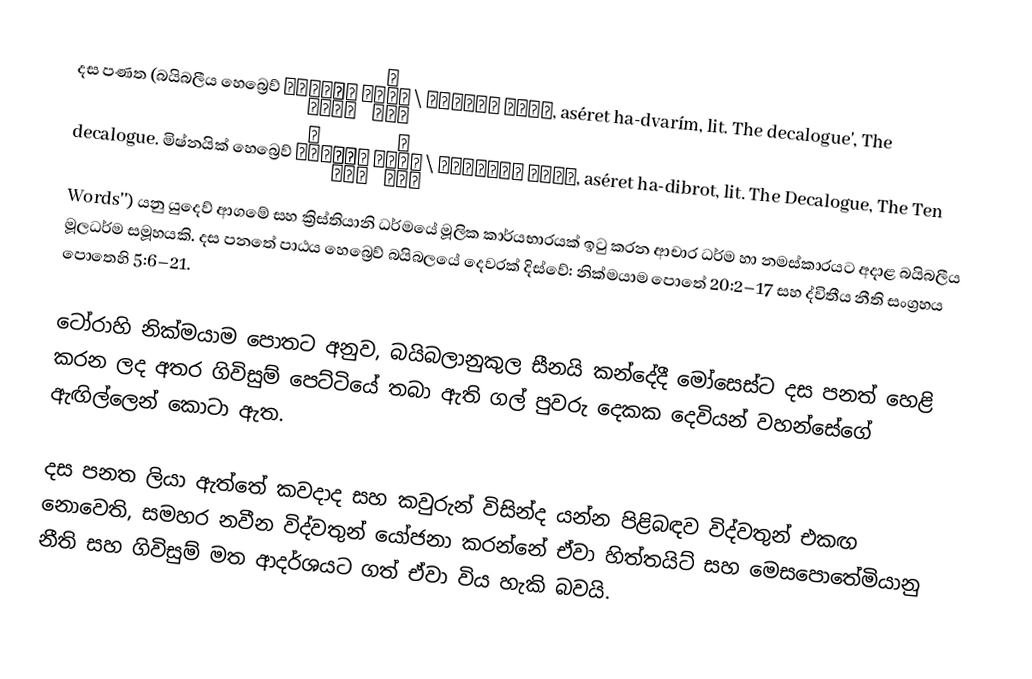
දස පණත (බයිබලීය හෙබ්‍රෙව් עשרת הדברים \ עֲשֶׂרֶת הַדְּבָרִים, aséret ha-dvarím, lit. The decalogue', The decalogue. මිෂ්නයික් හෙබ්‍රෙව් עשרת הדיברות \ עֲשֶׂרֶת הַדִּבְּרוֹת, aséret ha-dibrot, lit. The Decalogue, The Ten Words'') යනු යුදෙව් ආගමේ සහ ක්‍රිස්තියානි ධර්මයේ මූලික කාර්යභාරයක් ඉටු කරන ආචාර ධර්ම හා නමස්කාරයට අදාළ බයිබලීය මූලධර්ම සමූහයකි. දස පනතේ පාඨය හෙබ්‍රෙව් බයිබලයේ දෙවරක් දිස්වේ: නික්මයාම පොතේ 20:2–17 සහ ද්විතීය නීති සංග්‍රහය පොතෙහි 5:6–21.

ටෝරාහි නික්මයාම පොතට අනුව, බයිබලානුකුල සීනයි කන්දේදී මෝසෙස්ට දස පනත් හෙළි කරන ලද අතර ගිවිසුම් පෙට්ටියේ තබා ඇති ගල් පුවරු දෙකක දෙවියන් වහන්සේගේ ඇඟිල්ලෙන් කොටා ඇත.

දස පනත ලියා ඇත්තේ කවදාද සහ කවුරුන් විසින්ද යන්න පිළිබඳව විද්වතුන් එකඟ නොවෙති, සමහර නවීන විද්වතුන් යෝජනා කරන්නේ ඒවා හිත්තයිට් සහ මෙසපොතේමියානු නීති සහ ගිවිසුම් මත ආදර්ශයට ගත් ඒවා විය හැකි බවයි.